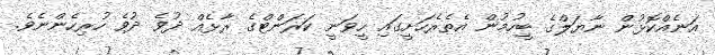
އަނެއްކޮޅުން ނާޔަލްގެ ބީހުމުން އެތެރެހަށީގައި ހީވަނީ ކަރަންޓްގެ ރާޅެއް ދުވެ ދުވެ ހުރިހެންނެވެ.